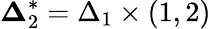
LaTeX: \mathbf\Delta_{2}^{*}=\Delta_{1}\times(1,2)